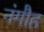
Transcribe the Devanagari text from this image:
नंगौह